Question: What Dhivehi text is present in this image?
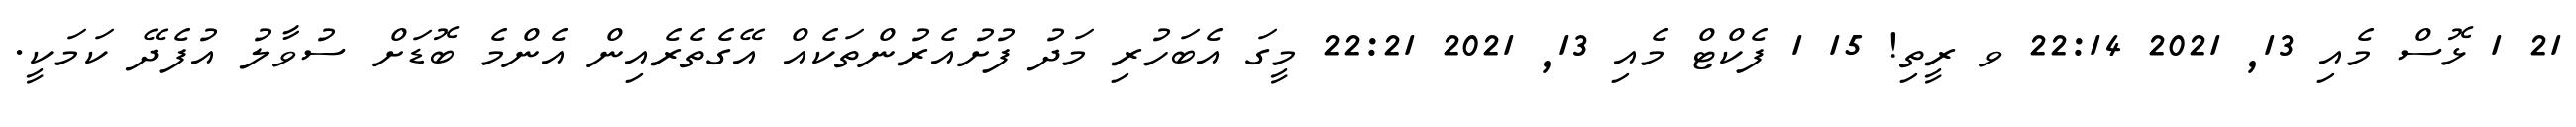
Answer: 21 1 ޅޮސް މެއި 13, 2021 22:14 ވ ރީތި! 15 1 ފެކްޓް މެއި 13, 2021 22:21 މީގަ އެބަހުރި މަދު ފުށުއެރުންތަކެއް އޭގެތެރެއިން އެންމެ ބޮޑަށް ސުވާލު އުފެދޭ ކަމަކީ.